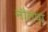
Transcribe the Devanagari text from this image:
नौतपा